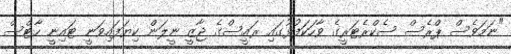
"ނަމަވެސް ޕްރެސް ސެކްރެޓަރީގެ ވާހަކަފުޅުގައި ރައީސްގެ ޖާޒީ ނީލަން ކިޔަފައިވަނީ ޓައިނީ ހާޓްސް